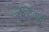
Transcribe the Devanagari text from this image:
बुध्दिवादी